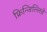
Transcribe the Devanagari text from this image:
फ्रिन्जिल्लिडे